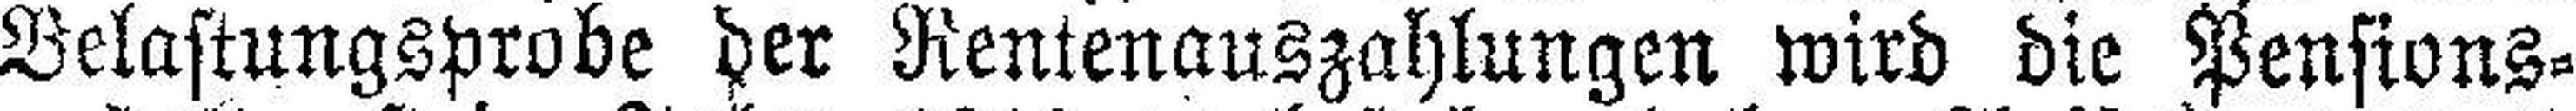
Belastungsprobe der Rentenauszahlungen wird die Pensions¬